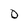
Character: 0